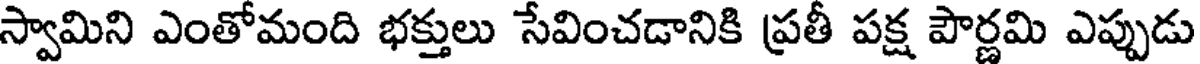
స్వామిని ఎంతోమంది భక్తులు సేవించడానికి ప్రతీ పక్ష పౌర్ణమి ఎప్పుడు